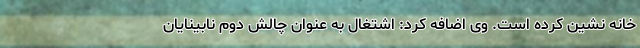
خانه نشین کرده است. وی اضافه کرد: اشتغال به عنوان چالش دوم نابینایان